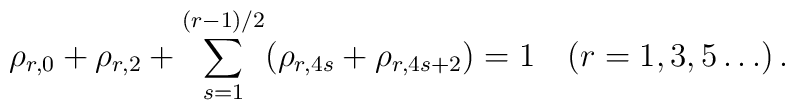
\rho_{r,0} + \rho_{r,2} + \sum \limits^{(r-1)/2}_{s=1} (\rho_{r,4s}+ \rho_{r, 4s+2}) = 1 \quad (r = 1,3,5 \ldots) \, .